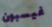
غيسبون